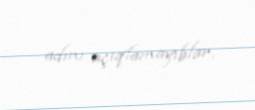
adını açıqlamayıblar.